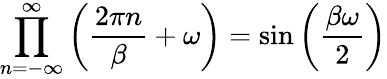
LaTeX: \prod_{n=-\infty}^{\infty}\left(\frac{2\pi n}{\beta}+\omega\right)=\sin\left(\frac{\beta\omega}{2}\right)